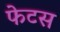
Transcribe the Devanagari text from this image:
फेटस